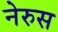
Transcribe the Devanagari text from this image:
नेरुस